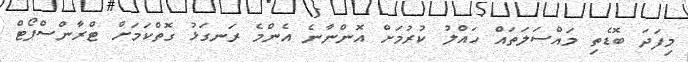
މިފަދަ ބޮޑެތި މައްސަލަތައް ހައްލު ކުރުމަށް އޮންނާނެ އެންމެ ރަނގަޅު ގޮތްކަމަށް ޓްރާންސްޕޯޓް